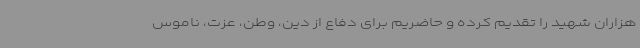
هزاران شهید را تقدیم کرده و حاضریم برای دفاع از دین، وطن، عزت، ناموس